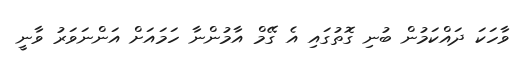
ވާހަކަ ދައްކަމުން ބުނި ގޮތުގައި އެ ގޭމް އާމުންނާ ހަމައަށް އަންނަވަރު ވާނީ